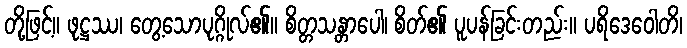
တို့ဖြင့်။ ဖုဋ္ဌဿ၊ တွေ့သောပုဂ္ဂိုလ်၏။ စိတ္တသန္တာပေါ၊ စိတ်၏ ပူပန်ခြင်းတည်း။ ပရိဒေဝေါတိ၊